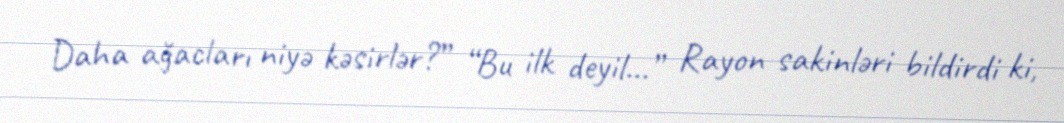
Daha ağacları niyə kəsirlər?” “Bu ilk deyil...” Rayon sakinləri bildirdi ki,